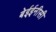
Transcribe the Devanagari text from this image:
बेईईनीसी